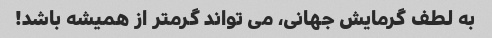
به لطف گرمایش جهانی، می تواند گرمتر از همیشه باشد!